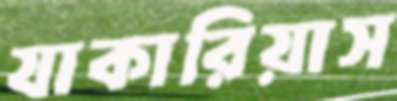
যাকারিয়াস